Scottish Leaving Certificate Examination, 1954
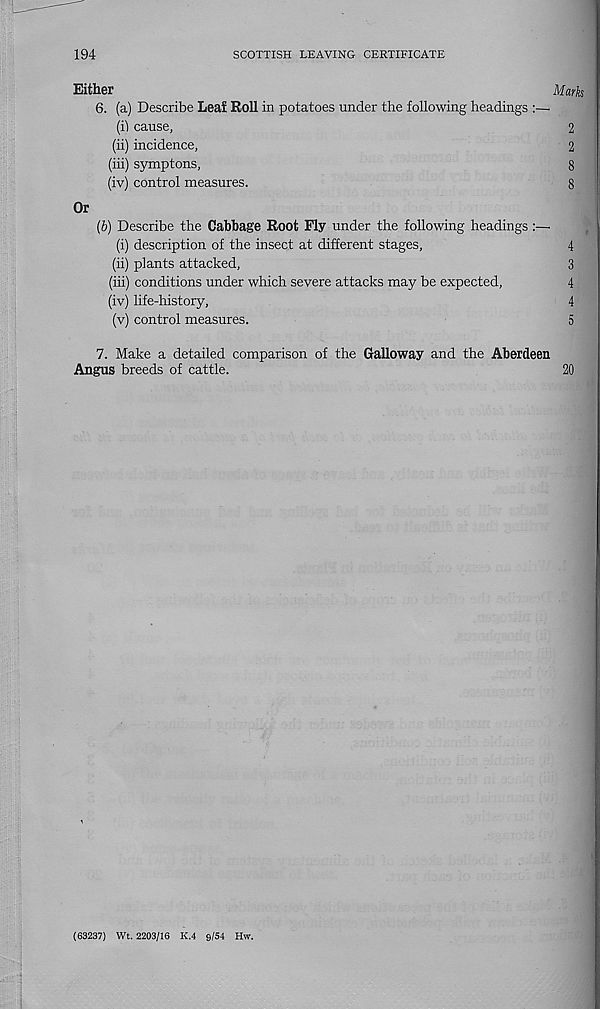
194
SCOTTISH LEAVING CERTIFICATE
Either
Marks
6. (a) Describe Leaf Roll in potatoes under the following headings
(i) cause,
2
(ii) incidence,
2
(iii) symptons,
8
(iv) control measures.
8
Or
(b) Describe the Cabbage Root Fly under the following headings:—
(i) description of the insect at different stages,
4
(ii) plants attacked,
3
(iii) conditions under which severe attacks may be expected,
4
(iv) life-history,
4
(v) control measures.
5
7. Make a detailed comparison of the Galloway and the Aberdeen
Angus breeds of cattle.
20
(63237) Wt. 2203/16 K.4 9/54 Hw.